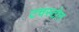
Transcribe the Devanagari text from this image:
टचस्‍टोन